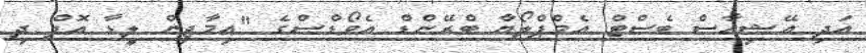
އަދި އޭޝިއާސް ބެސްޓް އެމްޕްލޯޔާ ބްރޭންޑް އެވޯޑްސްގެ "އިމާޖިން ލީޑާ އޮފް ދި